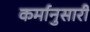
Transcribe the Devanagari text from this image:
कर्मानुसारी